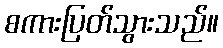
စကားပြတ်သွားသည်။